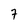
Character: 7